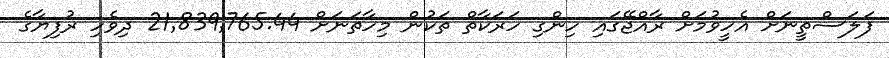
ފަލަސްތީނަށް އެހީވުމަށް ރާއްޖޭގައި ހިންގި ހަރަކާތް ތަކުން މިހާތަނަށް 21